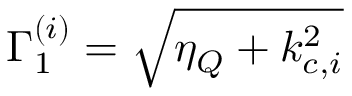
\Gamma _ { 1 } ^ { ( i ) } = \sqrt { \eta _ { Q } + k _ { c , i } ^ { 2 } }